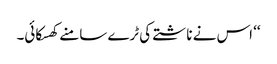
‘‘ اس نے ناشتے کی ٹرے سامنے کھسکائی۔